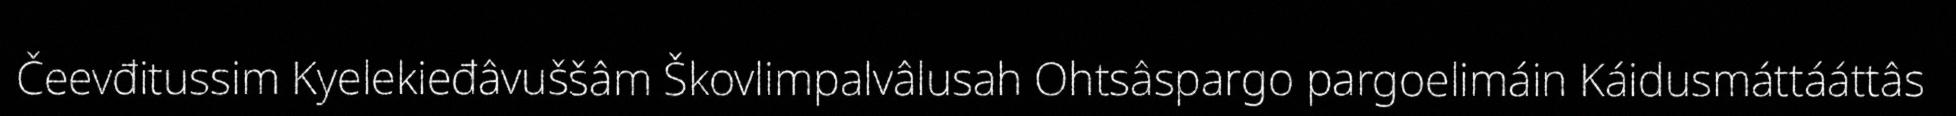
Čeevđitussim Kyelekieđâvuššâm Škovlimpalvâlusah Ohtsâspargo pargoelimáin Káidusmáttááttâs